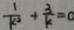
\frac { 1 } { k ^ { 2 } } + \frac { 3 } { k } = 0